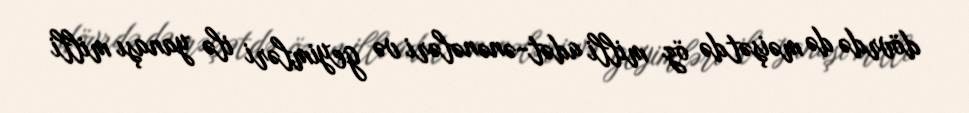
dövrdə də məişətdə öz milli adət-ənənələri və geyimləri ilə yanaşı milli